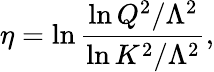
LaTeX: \eta=\ln{\frac{\ln Q^{2}/\Lambda^{2}}{\ln K^{2}/\Lambda^{2}}},